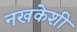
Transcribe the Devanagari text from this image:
नखकेशी